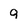
Character: q